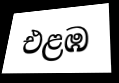
එළඹ